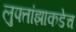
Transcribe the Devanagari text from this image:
लुफ्तांझाकडेच